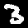
Digit: 3